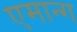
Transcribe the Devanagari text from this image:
एमान्ग